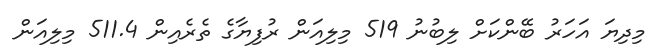
މިދިޔަ އަހަރު ބޭންކަށް ލިބުނު 519 މިލިއަން ރުފިޔާގެ ތެރެއިން 511.4 މިލިއަން